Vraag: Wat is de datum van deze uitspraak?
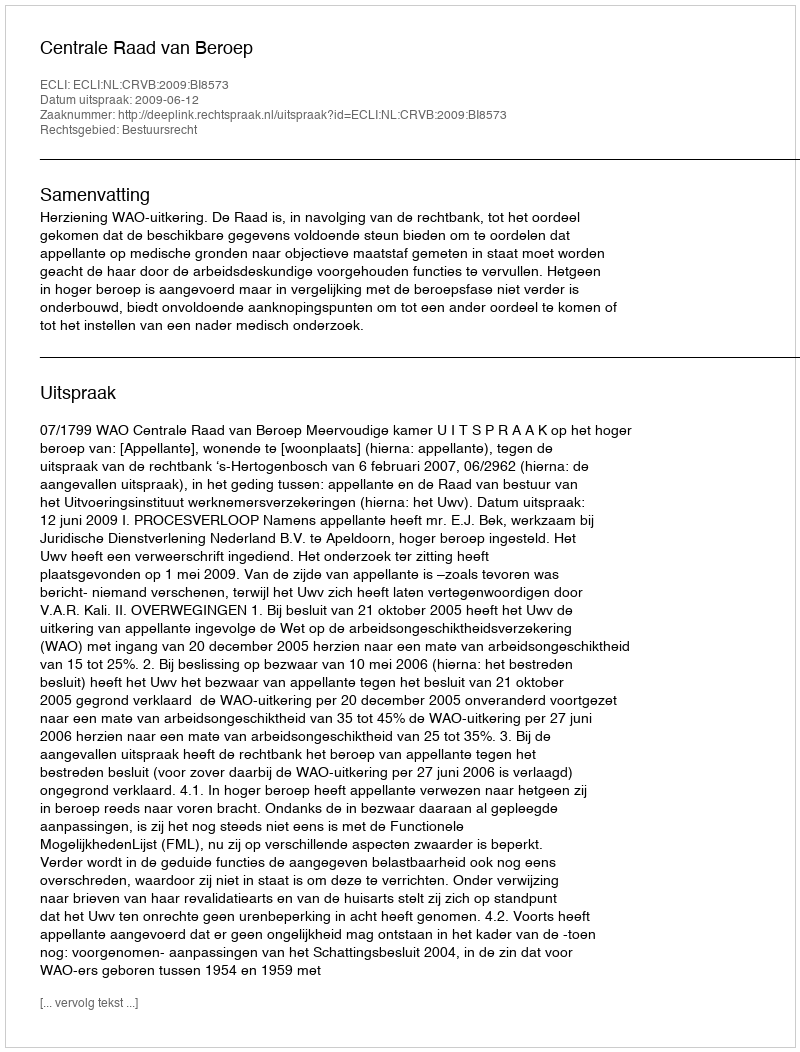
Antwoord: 2009-06-12